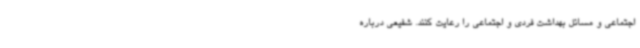
اجتماعی و مسائل بهداشت فردی و اجتماعی را رعایت کنند. شفیعی درباره